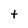
Character: t